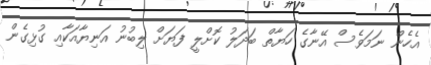
އެހެން ނަމަވެސް އޭނާގެ ހަޔާތް ބަދަލު ކޮށްލީ ފަޔަށް ލިބުނު އަނިޔާއަކާއި ގުޅިގެން